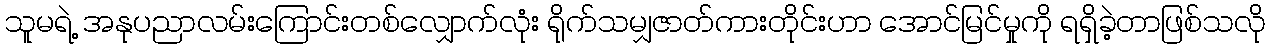
သူမရဲ့ အနုပညာလမ်းကြောင်းတစ်လျှောက်လုံး ရိုက်သမျှဇာတ်ကားတိုင်းဟာ အောင်မြင်မှုကို ရရှိခဲ့တာဖြစ်သလို